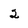
Character: 2